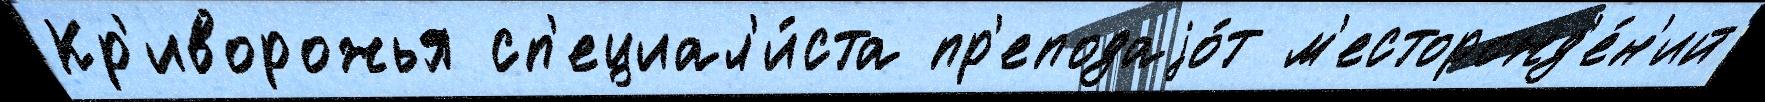
Кр'иворожья сп'ециал'и́ста пр'еподаjо́т м'есторожд'е́н'ий